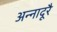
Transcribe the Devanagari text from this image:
अन्नादूरै